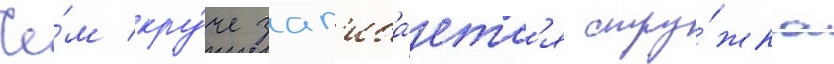
Че́м кру́че заг'иба́етс'я стру́жка